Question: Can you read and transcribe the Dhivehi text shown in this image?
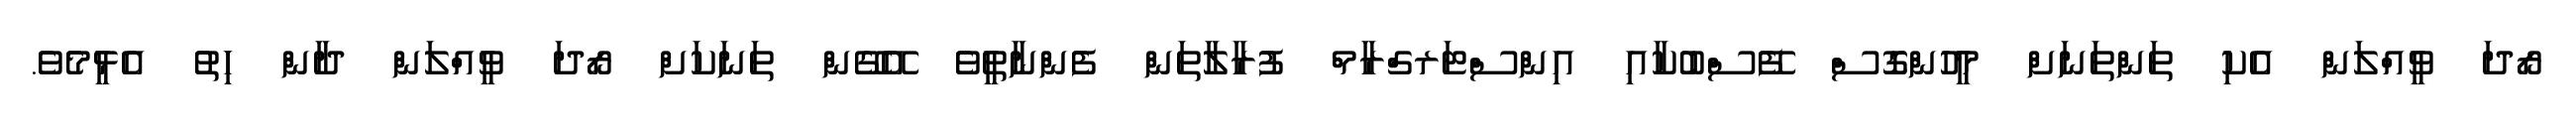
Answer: ރޯދަ ވީއްލަން އެކި ތަންތަނަށް މީހުންގޮސް ފޭސްބުކާއި އިންސްޓަރގްރާމް ފުރާލާތަން ފެންނާތީވެ އޭގޭން ތަނަކަށް ރޯދަ ވީއްލަން ދާން ހިތު އެޅީމެވެ.